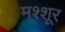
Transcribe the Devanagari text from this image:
मश्शूर